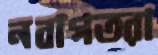
নবাগতরা